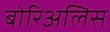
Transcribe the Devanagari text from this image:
बोरिअलिस